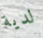
لدية